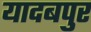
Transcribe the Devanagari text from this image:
यादबपुर